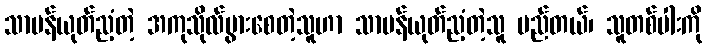
သာမန်ယုတ်ညံ့တဲ့ အကုသိုလ်ပွားစေတဲ့သူဟာ သာမန်ယုတ်ညံ့တဲ့သူ မည်တယ်၊ သူတစ်ပါးကို